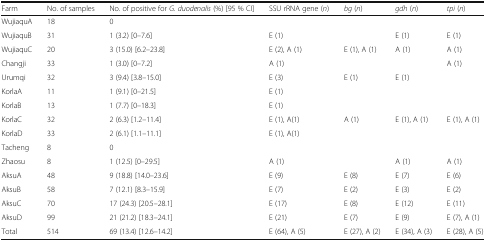
<table><thead><tr><td><b>Farm</b></td><td><b>No. of samples</b></td><td><b>No. of positive for <i>G. duodenalis</i> (%) [95 % CI]</b></td><td><b>SSU rRNA gene (<i>n</i>)</b></td><td><b><i>bg</i> (<i>n</i>)</b></td><td><b><i>gdh</i> (<i>n</i>)</b></td><td><b><i>tpi</i> (<i>n</i>)</b></td></tr></thead><tbody><tr><td>WujiaquA</td><td>18</td><td>0</td><td></td><td></td><td></td><td></td></tr><tr><td>WujiaquB</td><td>31</td><td>1 (3.2) [0–7.6]</td><td>E (1)</td><td></td><td>E (1)</td><td>E (1)</td></tr><tr><td>WujiaquC</td><td>20</td><td>3 (15.0) [6.2–23.8]</td><td>E (2), A (1)</td><td>E (1), A (1)</td><td>A (1)</td><td>A (1)</td></tr><tr><td>Changji</td><td>33</td><td>1 (3.0) [0–7.2]</td><td>A (1)</td><td></td><td></td><td>A (1)</td></tr><tr><td>Urumqi</td><td>32</td><td>3 (9.4) [3.8–15.0]</td><td>E (3)</td><td>E (1)</td><td>E (1)</td><td></td></tr><tr><td>KorlaA</td><td>11</td><td>1 (9.1) [0–21.5]</td><td>E (1)</td><td></td><td></td><td></td></tr><tr><td>KorlaB</td><td>13</td><td>1 (7.7) [0–18.3]</td><td>E (1)</td><td></td><td></td><td></td></tr><tr><td>KorlaC</td><td>32</td><td>2 (6.3) [1.2–11.4]</td><td>E (1), A(1)</td><td>A (1)</td><td>E (1), A (1)</td><td>E (1), A (1)</td></tr><tr><td>KorlaD</td><td>33</td><td>2 (6.1) [1.1–11.1]</td><td>E (1), A(1)</td><td></td><td></td><td></td></tr><tr><td>Tacheng</td><td>8</td><td>0</td><td></td><td></td><td></td><td></td></tr><tr><td>Zhaosu</td><td>8</td><td>1 (12.5) [0–29.5]</td><td>A (1)</td><td></td><td>A (1)</td><td>A (1)</td></tr><tr><td>AksuA</td><td>48</td><td>9 (18.8) [14.0–23.6]</td><td>E (9)</td><td>E (8)</td><td>E (7)</td><td>E (6)</td></tr><tr><td>AksuB</td><td>58</td><td>7 (12.1) [8.3–15.9]</td><td>E (7)</td><td>E (2)</td><td>E (3)</td><td>E (2)</td></tr><tr><td>AksuC</td><td>70</td><td>17 (24.3) [20.5–28.1]</td><td>E (17)</td><td>E (8)</td><td>E (12)</td><td>E (11)</td></tr><tr><td>AksuD</td><td>99</td><td>21 (21.2) [18.3–24.1]</td><td>E (21)</td><td>E (7)</td><td>E (9)</td><td>E (7), A (1)</td></tr><tr><td>Total</td><td>514</td><td>69 (13.4) [12.6–14.2]</td><td>E (64), A (5)</td><td>E (27), A (2)</td><td>E (34), A (3)</td><td>E (28), A (5)</td></tr></tbody></table>